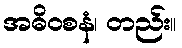
အဓိဝစနံ၊ တည်း။